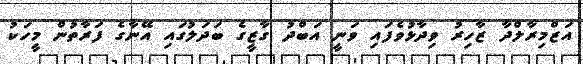
އަޒްމިރާލްދާ ޒާހިރު ވިދާޅުވެފައި ވަނީ އަބްދު ގާޒީގެ ބަދަލުގައި އޭނާގެ ފަރާތުން މީހަކު